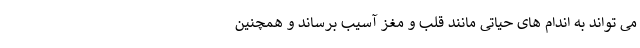
می تواند به اندام های حیاتی مانند قلب و مغز آسیب برساند و همچنین